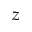
z